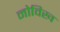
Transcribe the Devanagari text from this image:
नोविख